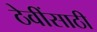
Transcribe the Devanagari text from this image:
ठेवींसाठी